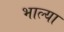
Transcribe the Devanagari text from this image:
भाल्या